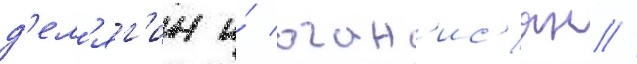
д'ел'яг'ин и́ оган'ис'ян //